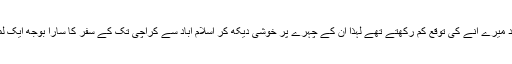
شاید میر زبیر محمود میرے آنے کی توقع کم رکھتے تھے لہٰذا ان کے چہرے پر خوشی دیکھ کر اسلام آباد سے کراچی تک کے سفر کا سارا بوجھ ایک لمحے میں ختم ہو گیا۔